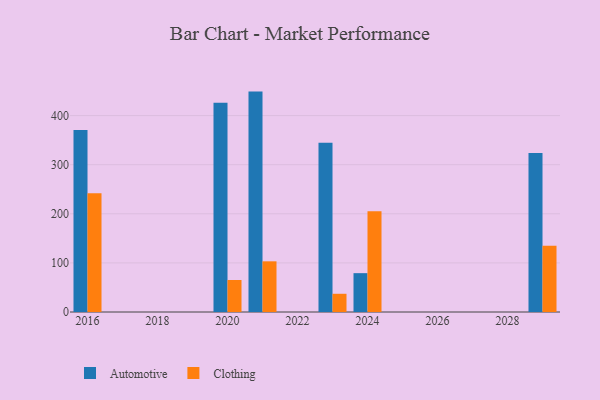
{"axis": {"x": "Year", "y": "Energy Usage (MWh)"}, "legend": ["Automotive", "Clothing"], "data": [{"x": "2016", "y": 370.9, "type": "Automotive"}, {"x": "2016", "y": 241.9, "type": "Clothing"}, {"x": "2021", "y": 448.9, "type": "Automotive"}, {"x": "2021", "y": 103.2, "type": "Clothing"}, {"x": "2024", "y": 79.1, "type": "Automotive"}, {"x": "2024", "y": 205.0, "type": "Clothing"}, {"x": "2029", "y": 323.8, "type": "Automotive"}, {"x": "2029", "y": 134.9, "type": "Clothing"}, {"x": "2023", "y": 344.5, "type": "Automotive"}, {"x": "2023", "y": 37.1, "type": "Clothing"}, {"x": "2020", "y": 426.2, "type": "Automotive"}, {"x": "2020", "y": 65.2, "type": "Clothing"}]}